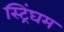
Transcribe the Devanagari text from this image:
स्ट्रिंघम